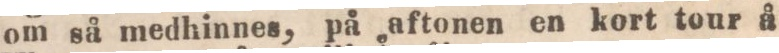
om så medhinnes, på aftonen en kort tour å